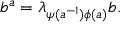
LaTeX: b ^ { a } = \lambda _ { \psi ( a ^ { - 1 } ) \phi ( a ) } b .